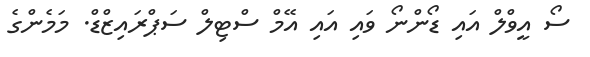
ސޯ އީވްލް އައި ޑޯންނޯ ވައި އައި އޭމް ސްޓިލް ސަޕްރައިޒްޑް. މަމެންގެ